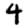
Digit: 4